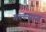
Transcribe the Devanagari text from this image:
गल्ल्यात